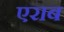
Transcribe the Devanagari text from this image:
एराब